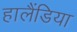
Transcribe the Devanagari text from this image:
हालैंडिया